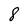
Character: 8